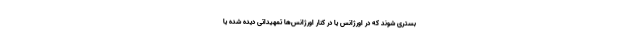
بستری شوند که در اورژانس یا در کنار اورژانس‌ها تمهیداتی دیده شده یا